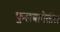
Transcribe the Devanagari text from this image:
फुलबागेतील